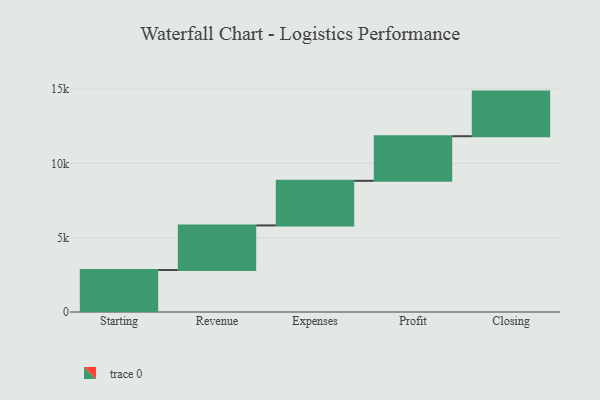
{"axis": {"x": "Step", "y": "Value"}, "legend": [""], "data": [{"x": "Starting", "y": 2823.0, "type": ""}, {"x": "Revenue", "y": 3000, "type": ""}, {"x": "Expenses", "y": 3000, "type": ""}, {"x": "Profit", "y": 3000, "type": ""}, {"x": "Closing", "y": 3000, "type": ""}]}